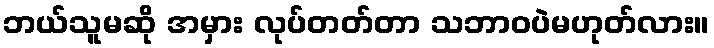
ဘယ်သူမဆို အမှား လုပ်တတ်တာ သဘာဝပဲမဟုတ်လား။